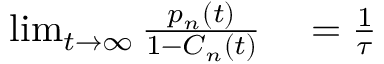
\begin{array} { r l } { \operatorname* { l i m } _ { t \to \infty } \frac { p _ { n } ( t ) } { 1 - C _ { n } ( t ) } } & { { } = \frac { 1 } { \tau } } \end{array}